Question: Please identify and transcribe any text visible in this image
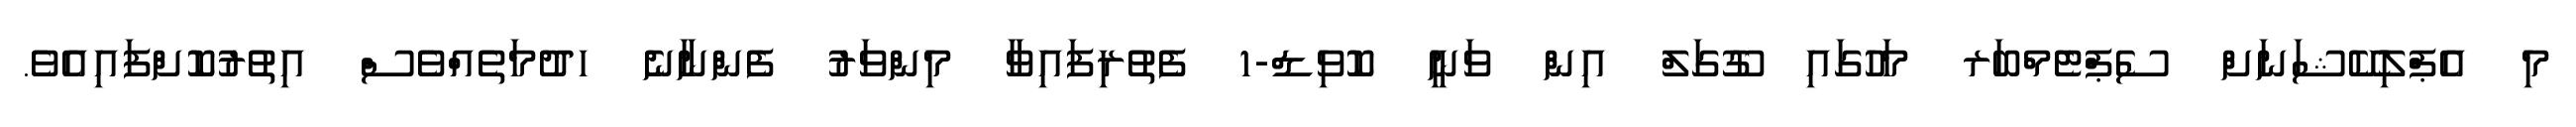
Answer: މި އެޕްލިކޭޝަނަށް ސެޕްޓެމްބަރ މަހުގައި ގޫގަލް އިން ވަނީ ކޮވިޑް-1 ފެތުރިފައިވާ މިންވަރު ފެންނާނެ ހދުމަތެއްވެސް އިތުރުކޮށްފައިއެވެ.